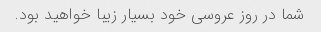
شما در روز عروسی خود بسیار زیبا خواهید بود.